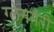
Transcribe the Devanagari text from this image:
ग्लेनगैरी